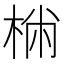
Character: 𣔐